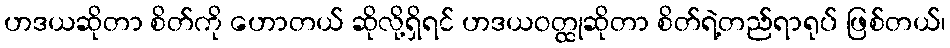
ဟဒယဆိုတာ စိတ်ကို ဟောတယ် ဆိုလို့ရှိရင် ဟဒယဝတ္ထုဆိုတာ စိတ်ရဲ့တည်ရာရုပ် ဖြစ်တယ်၊